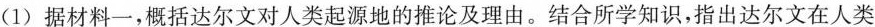
(1)据材料一，概括达尔文对人类起源地的推论及理由。结合所学知识，指出达尔文在人类